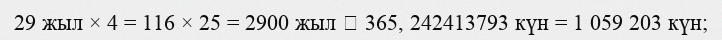
29 жыл × 4 = 116 × 25 = 2900 жыл  365, 242413793 күн = 1 059 203 күн;